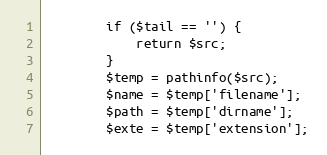
Language: PHP
        if ($tail == '') {
            return $src;
        }
        $temp = pathinfo($src);
        $name = $temp['filename'];
        $path = $temp['dirname'];
        $exte = $temp['extension'];